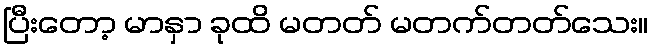
ပြီးတော့ မာနှာ ခုထိ မတတ် မတက်တတ်သေး။